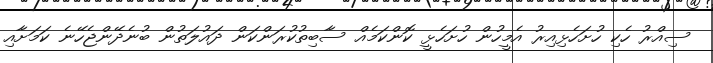
ސިއްރު ހެކި ހުށަހެޅިއިރު އެމީހުން ހުށަހެޅީ ކޮންކަމެއް ސާބިތުކުރަންކަން ދައުލަތުން ބުނެދޭންޖެހޭނެ ކަމަށާއި